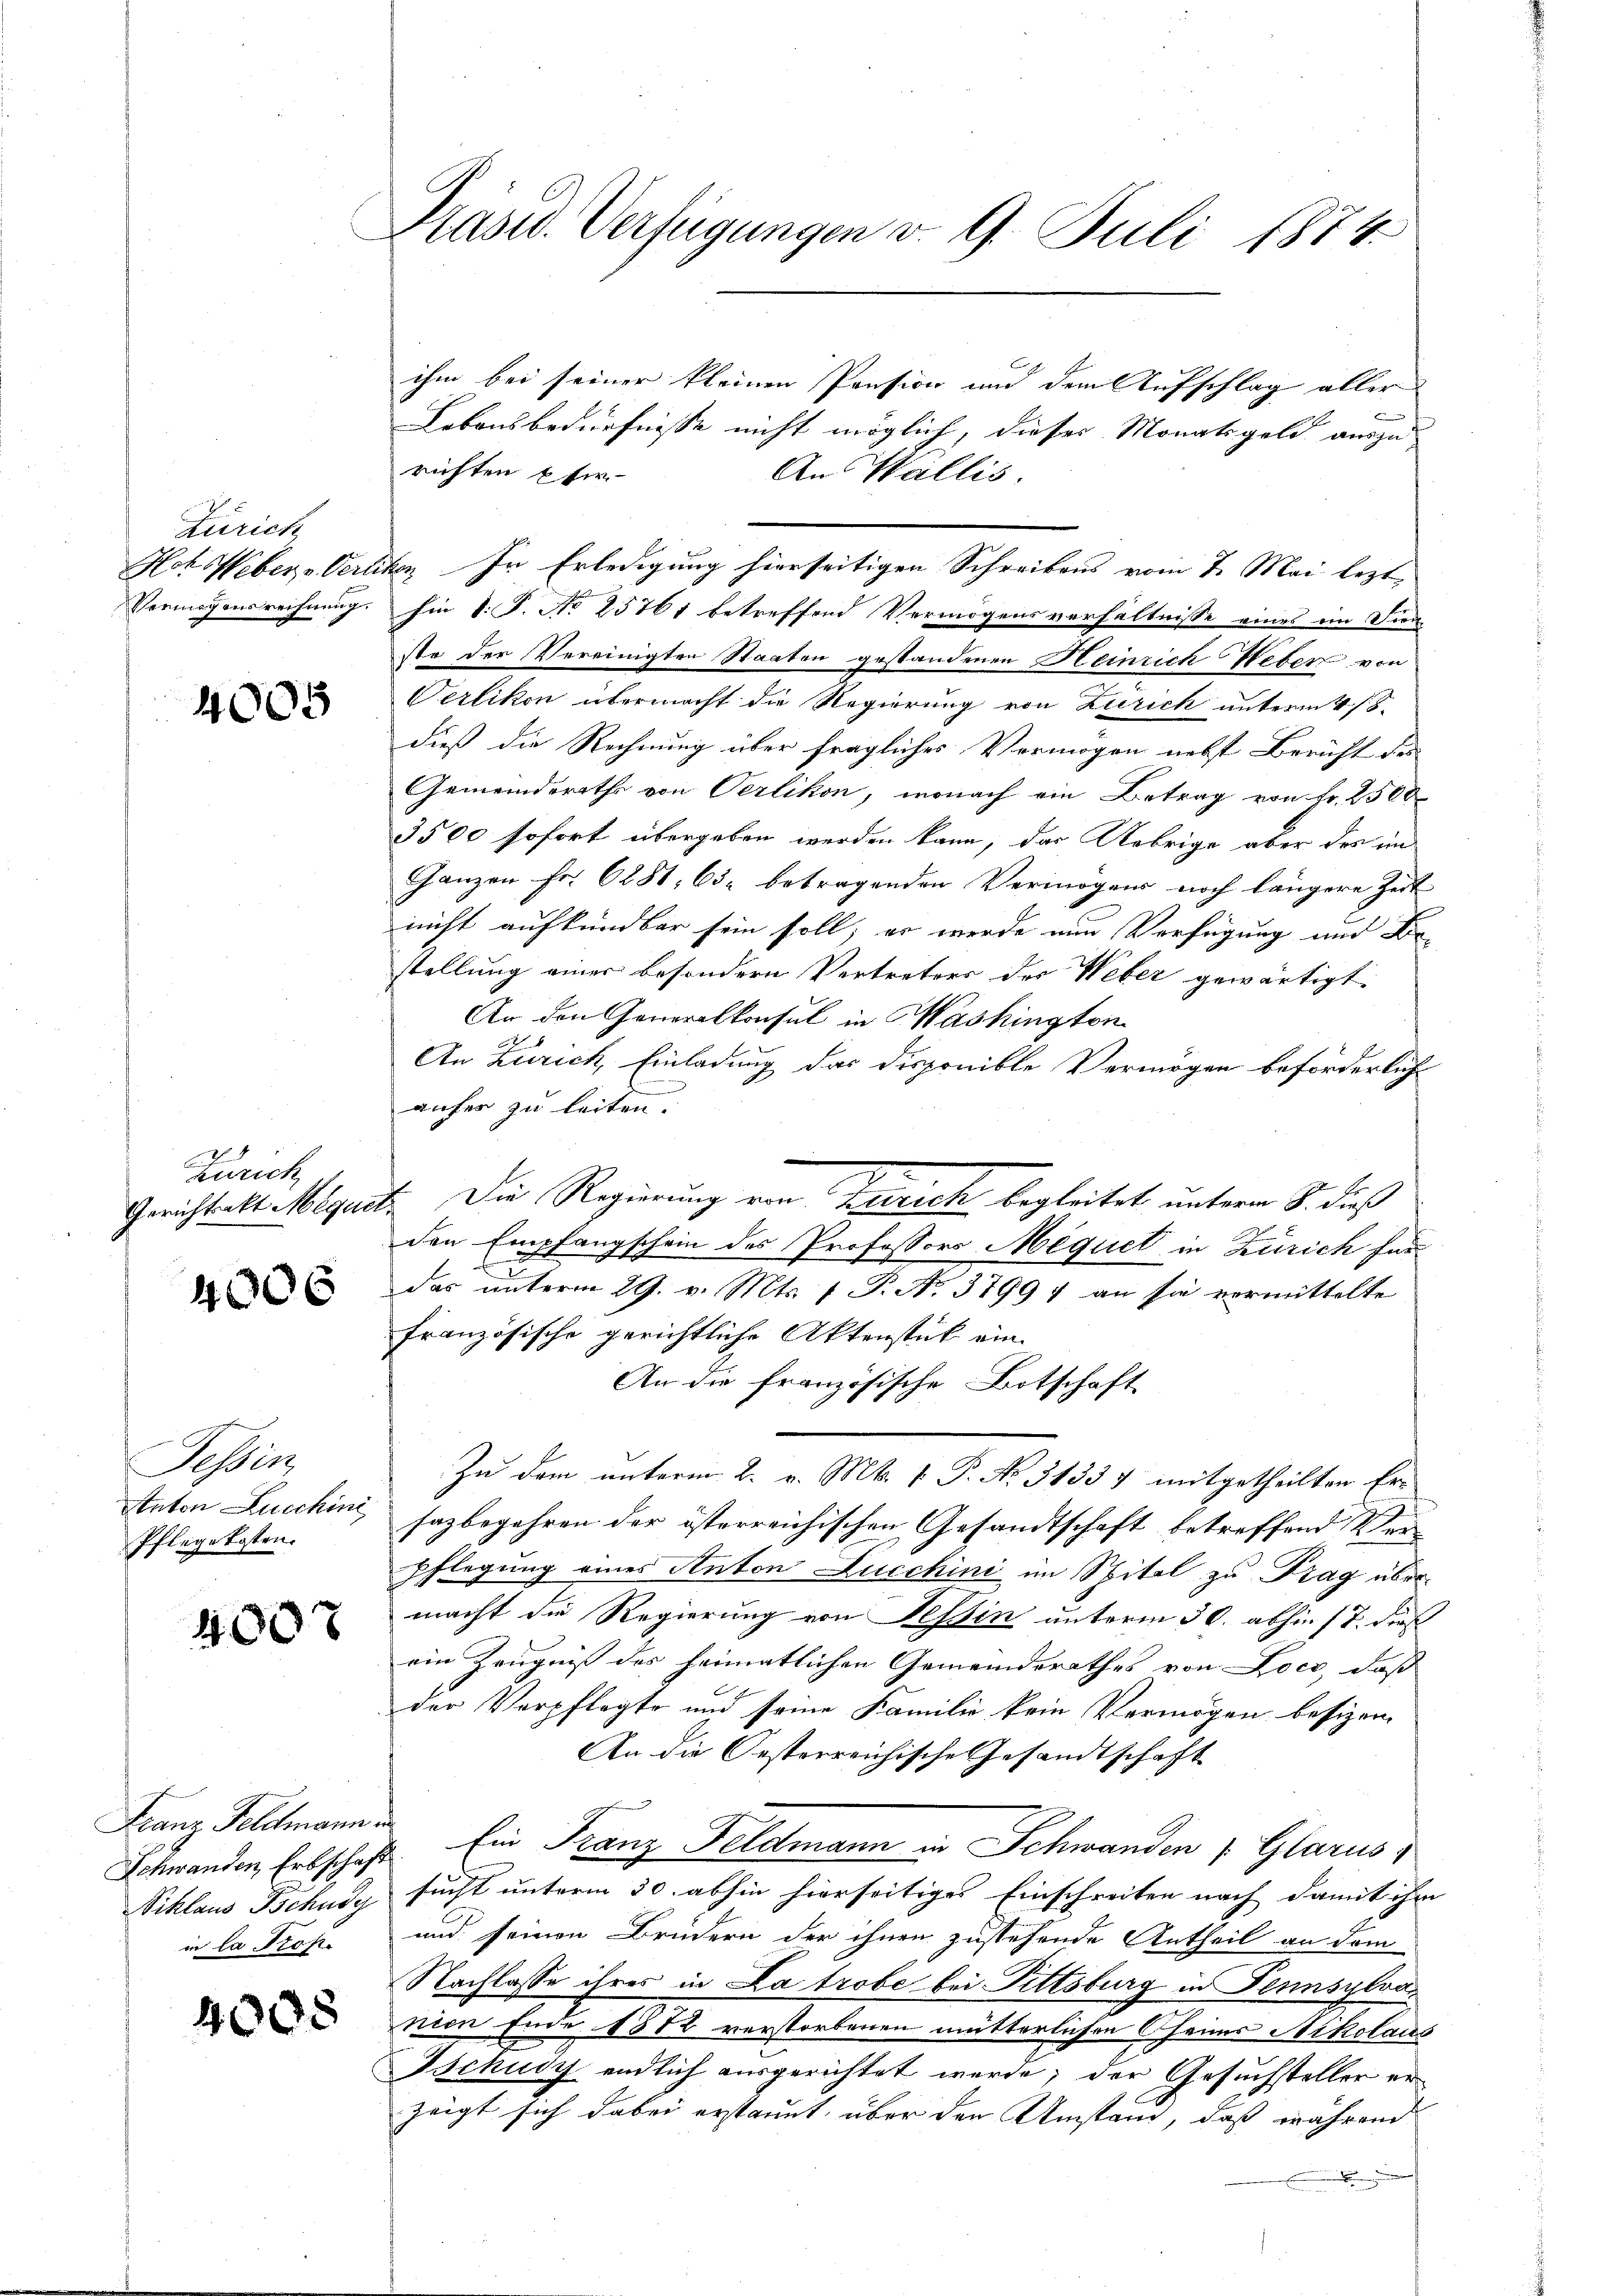
Zürich

4005

Zürich

4006

Tessin
Pflege kosten.

4007

Franz Feldmann in
in la Prof.

4005

Präsid. Verfügungen v. 9. Juli 1874.

ihm bei seiner kleinen Pension und dem Aufschlag aller
Lebensbedürfnisse nicht möglich, dieses Monatsgeld auszurichten u ver-
An Wallis.
Hot Weber-Oerliten In Erledigung hierseitigen Schreibens vom 1. Mai lezt
Vermögensrechnung. Ein S. P. No 25761 betreffend Vermögensverhältnisse eines ein Dien-
ste der Vereinigten Staaten gestandenen Heinrich Weber von
Verlikon übermacht die Regierung von Zürich unterm 4. 18.
dieß die Rechnung über fragliches Vermögen nebst Bericht des
Gemeinderathe von Oerlikon, wonach ein Betrag von Fr. 2500
3500 sofort übergeben werden kann, das Uebrige aber des im
Ganzen Fr. 6281, 63 betragenden Vermögens noch längere Zeit
nicht aufkündbar sein soll; er werde nun Verfügung und Be-
stellung einer besondern Vertreters des Weber gewärtigt.
An den Generalkonsul in Washington
An Zürich, Einladung das disponible Vermögen beförderlich
aufer zu leiten.
Gerichtsakt Megart. Die Regierung von Zürich begleitet, unterm 8. dieß
den Empfangschein des Professors Méquet in Zürich für¬
E
das unterm 29. v. Mts. f. P. No. 37997 an sie vormittelte
französische gerichtliche Aktenstück ein-
An die französische Botschaft
Zu dem unterm 2. v. Mts. v. P. Nr. 31337 mitgetheilten Er¬
Anton Lucchini, sazbegehren der österreichischen Gesandtschaft betreffend Ver-
pflegung eines Anton Lucchini im Spital zu Prag übermacht die Regierung von Tessin unterm 30. abhin 17. dies
ein Zeugniß des heimatlichen Gemeinderathes von Locr, daß
der Verpflegte und seine Familie kein Vermögen besizen,
An die Oesterreichische Gesandtschaft
Schwanden, Erbschaft. Ein Franz Feldmann in Schwanden 7 Glarus,
Siklaus Bekusy sucht unterm 30. abhin hierseitiges Einschreiten nach damit ihr
und seinen Brüdern der ihnen zustehende Antheil an dem
Nachlasse ihres in La trobe bei Pittsburg in Fennsylva
nien Ende 1882 verstorbenen mitterlichen Cheims Nikolaus
Tschudy endlich ausgerichtet werde; der Gesuchsteller erzeigt sich dabei erstaunt über den Umstand, daß während